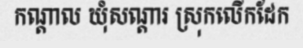
កណ្តាល ឃុំសណ្តារ ស្រុកលើកដែក